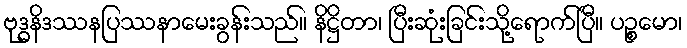
ဗုဒ္ဓနိဒဿနပြဿနာမေးခွန်းသည်။ နိဋ္ဌိတာ၊ ပြီးဆုံးခြင်းသို့ရောက်ပြီ။ ပဉ္စမော၊